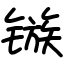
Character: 镞